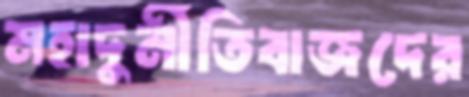
মহাদুর্নীতিবাজদের